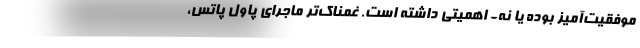
موفقیت‌آمیز بوده یا نه- اهمیتی داشته است. غمناک‌تر ماجرای پاول پاتس،